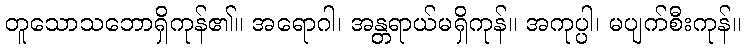
တူသောသဘောရှိကုန်၏။ အရောဂါ၊ အန္တရာယ်မရှိကုန်။ အကုပ္ပါ၊ မပျက်စီးကုန်။